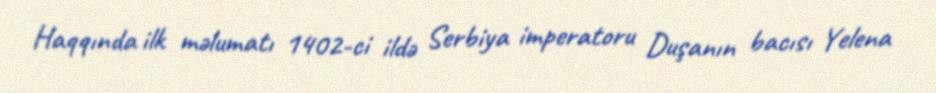
Haqqında ilk məlumatı 1402-ci ildə Serbiya imperatoru Duşanın bacısı Yelena